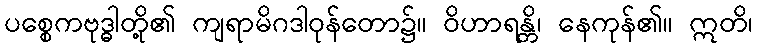
ပစ္စေကဗုဒ္ဓါတို့၏ ကျရာမိဂဒါဝုန်တော၌။ ဝိဟာရန္တိ၊ နေကုန်၏။ ဣတိ၊